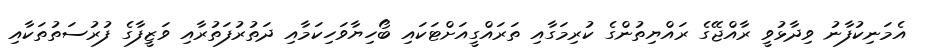
އެމަނިކުފާނު ވިދާޅުވީ ރާއްޖޭގެ ރައްޔިތުންގެ ކުރިމަގާއި ތަރައްގީއަށްޓަކައި ބޯހިޔާވަހިކަމާއި ދަތުރުފަތުރާއި ވަޒީފާގެ ފުރުސަތުތަކާއި